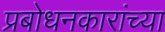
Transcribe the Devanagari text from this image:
प्रबोधनकारांच्या